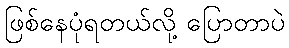
ဖြစ်နေပုံရတယ်လို့ ပြောတာပဲ